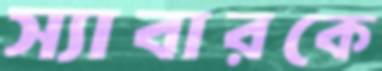
স্যাবারকে